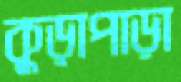
কুড়াপাড়া